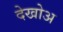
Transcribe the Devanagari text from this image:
देखोअ